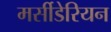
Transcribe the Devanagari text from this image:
मर्सीडेरियन